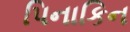
પિનાકિન